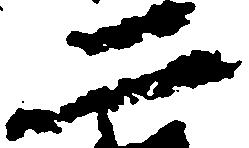
二